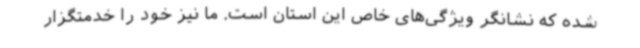
شده که نشانگر ویژگی‌های خاص این استان است. ما نیز خود را خدمتگزار